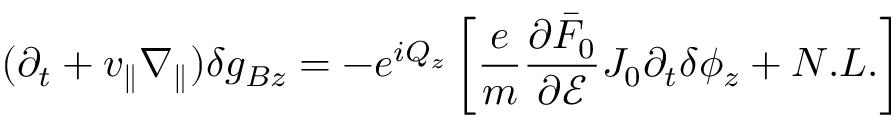
( \partial _ { t } + v _ { \parallel } \nabla _ { \parallel } ) \delta g _ { B z } = - e ^ { i Q _ { z } } \left[ \frac { e } { m } \frac { \partial \bar { F } _ { 0 } } { \partial \mathcal { E } } J _ { 0 } \partial _ { t } \delta \phi _ { z } + N . L . \right]